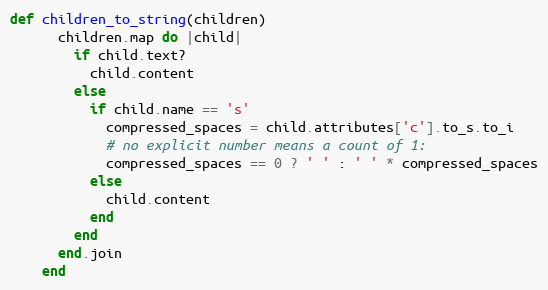
Language: Ruby
def children_to_string(children)
      children.map do |child|
        if child.text?
          child.content
        else
          if child.name == 's'
            compressed_spaces = child.attributes['c'].to_s.to_i
            # no explicit number means a count of 1:
            compressed_spaces == 0 ? ' ' : ' ' * compressed_spaces
          else
            child.content
          end
        end
      end.join
    end